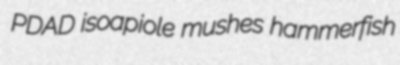
PDAD isoapiole mushes hammerfish